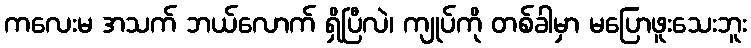
ကလေးမ အသက် ဘယ်လောက် ရှိပြီလဲ၊ ကျုပ်ကို တစ်ခါမှာ မပြောဖူးသေးဘူး